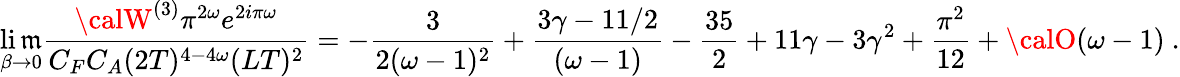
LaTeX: \operatorname*{li\mathfrak{m}}_{\beta\to0}{\frac{{{\calW}^{(3)}\pi^{2\omega}e^{2i\pi\omega}}}{{C_{F}C_{A}(2T)^{4-4\omega}(LT)^{2}}}}=-{\frac{{3}}{{2(\omega-1)^{2}}}}+{\frac{{3\gamma-11/2}}{{(\omega-1)}}}-{\frac{{35}}{{2}}}+11\gamma-3\gamma^{2}+{\frac{{\pi^{2}}}{{12}}}+{\calO}(\omega-1)\ .